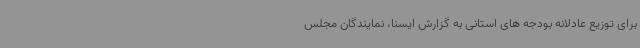
برای توزیع عادلانه بودجه های استانی به گزارش ایسنا، نمایندگان مجلس